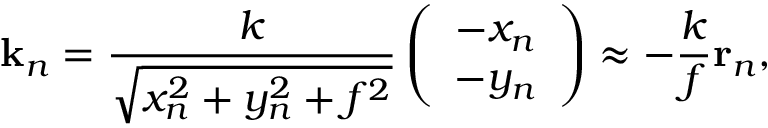
\mathbf { k } _ { n } = \frac { k } { \sqrt { x _ { n } ^ { 2 } + y _ { n } ^ { 2 } + f ^ { 2 } } } \left( \begin{array} { c } { - x _ { n } } \\ { - y _ { n } } \end{array} \right) \approx - \frac { k } { f } \mathbf { r } _ { n } ,